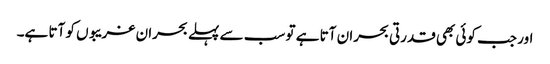
اور جب کوئی بھی قدرتی بحران آتا ہے تو سب سے پہلے بحران غریبوں کو آتا ہے۔